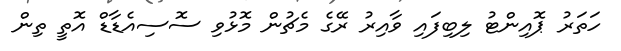
ހަތަރު ޕޮއިންޓު ލިބިފައި ވާއިރު ރޭގެ މެޗުން މޮޅުވި ސޮސިއެޑާޑް އޮތީ ތިން